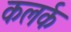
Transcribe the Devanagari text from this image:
कलर्क